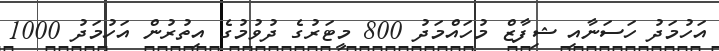
އަހުމަދު ހަސަނާއި ޝިފާޒް މުހައްމަދު 800 މީޓަރުގެ ދުވުމުގެ އިތުރުން އަހުމަދު 1000